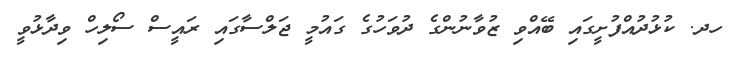
ހދ. ކުޅުދުއްފުށީގައި ބޭއްވި ޒުވާނުންގެ ދުވަހުގެ ގައުމީ ޖަލްސާގައި ރައީސް ސޯލިހް ވިދާޅުވީ